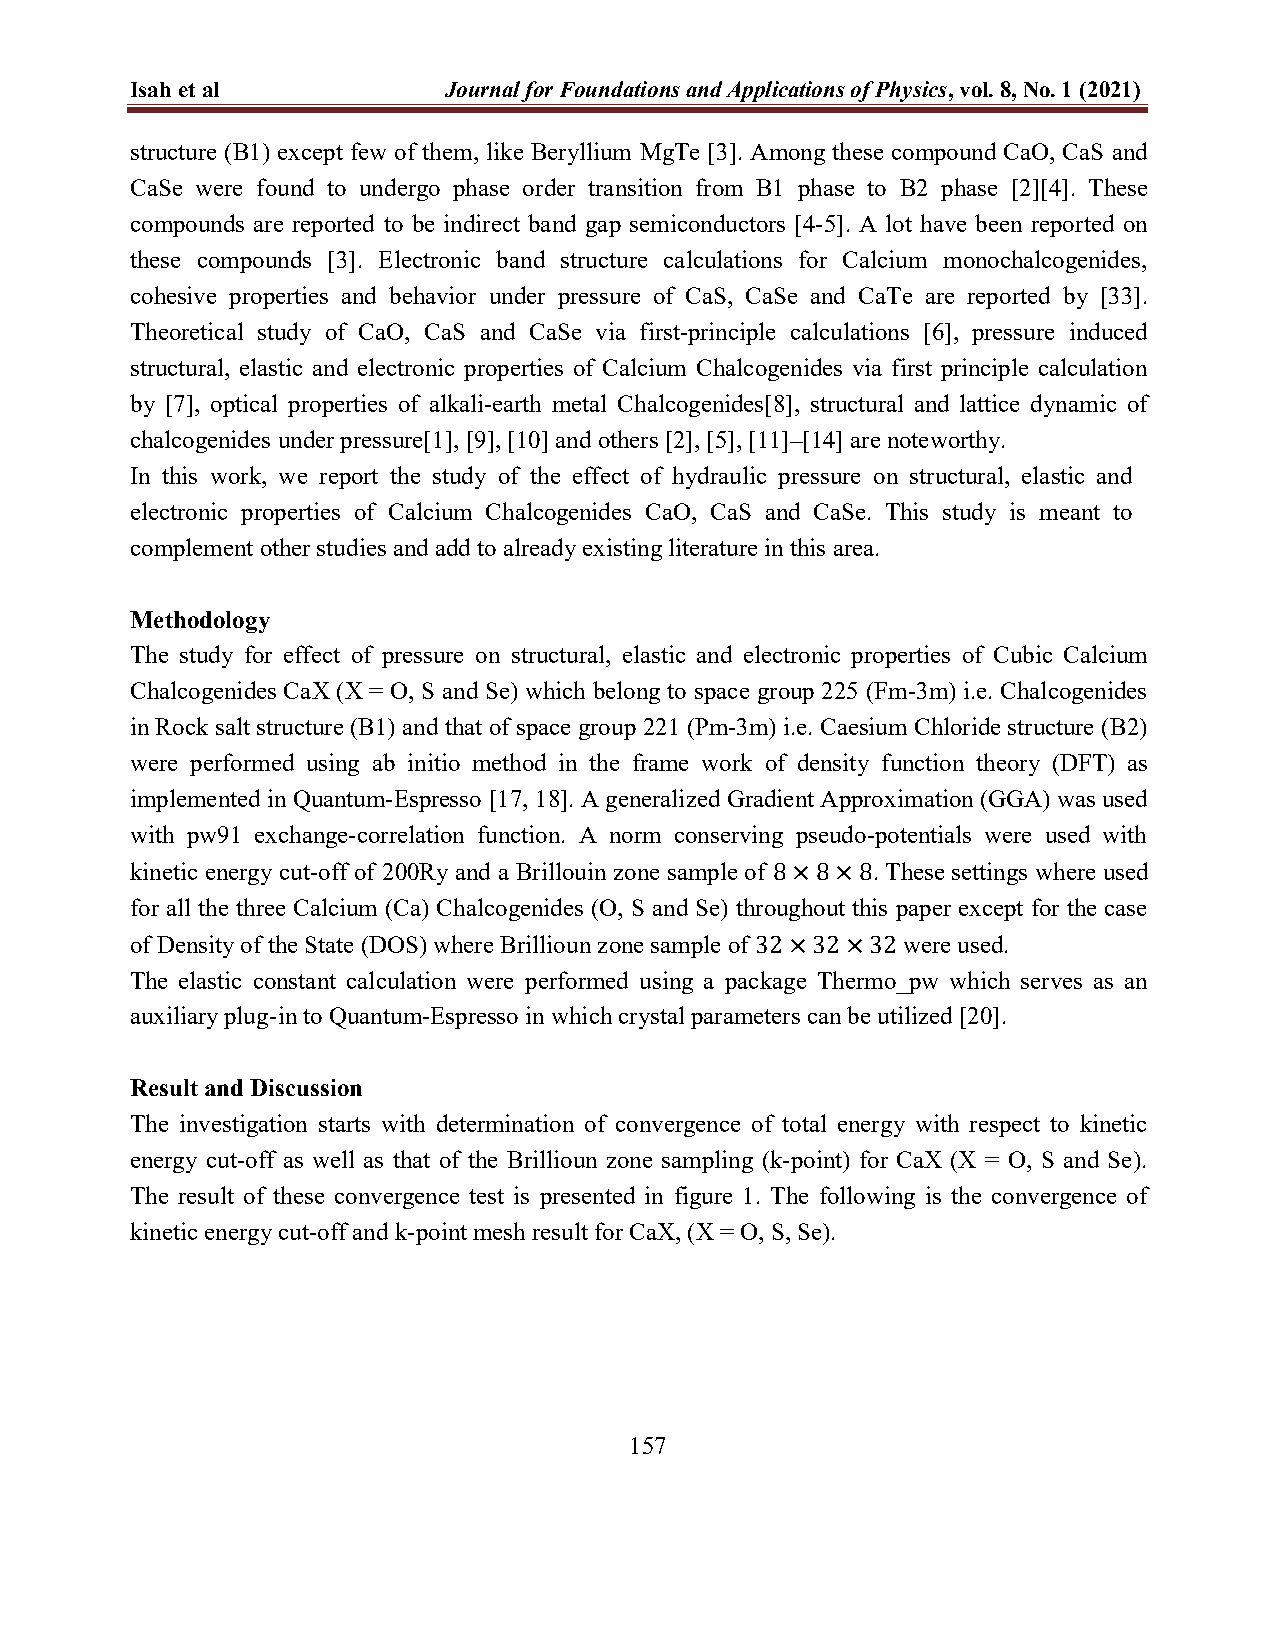
Isah et al          Journal for Foundations and Applications of Physics, vol. 8, No. 1 (2021)
 structure (B1) except few of them, like Beryllium MgTe [3]. Among these compound CaO, CaS and
 CaSe were found to undergo phase order transition from B1 phase to B2 phase [2][4]. These
 compounds are reported to be indirect band gap semiconductors [4-5]. A lot have been reported on
 these compounds [3]. Electronic band structure calculations for Calcium monochalcogenides,
 cohesive properties and behavior under pressure of CaS, CaSe and CaTe are reported by [33].
 Theoretical study of CaO, CaS and CaSe via first-principle calculations [6], pressure induced
 structural, elastic and electronic properties of Calcium Chalcogenides via first principle calculation
 by [7], optical properties of alkali-earth metal Chalcogenides[8], structural and lattice dynamic of
 chalcogenides under pressure[1], [9], [10] and others [2], [5], [11]–[14] are noteworthy.
 In this work, we report the study of the effect of hydraulic pressure on structural, elastic and
 electronic properties of Calcium Chalcogenides CaO, CaS and CaSe. This study is meant to
 complement other studies and add to already existing literature in this area.
 Methodology
 The study for effect of pressure on structural, elastic and electronic properties of Cubic Calcium
 Chalcogenides CaX (X = O, S and Se) which belong to space group 225 (Fm-3m) i.e. Chalcogenides
 in Rock salt structure (B1) and that of space group 221 (Pm-3m) i.e. Caesium Chloride structure (B2)
 were performed using ab initio method in the frame work of density function theory (DFT) as
 implemented in Quantum-Espresso [17, 18]. A generalized Gradient Approximation (GGA) was used
 with pw91 exchange-correlation function. A norm conserving pseudo-potentials were used with
 kinetic energy cut-off of 200Ry and a Brillouin zone sample of 8×8×8. These settings where used
 for all the three Calcium (Ca) Chalcogenides (O, S and Se) throughout this paper except for the case
 of Density of the State (DOS) where Brillioun zone sample of 32×32×32 were used.
 The elastic constant calculation were performed using a package Thermo_pw which serves as an
 auxiliary plug-in to Quantum-Espresso in which crystal parameters can be utilized [20].
 Result and Discussion
 The investigation starts with determination of convergence of total energy with respect to kinetic
 energy cut-off as well as that of the Brillioun zone sampling (k-point) for CaX (X = O, S and Se).
 The result of these convergence test is presented in figure 1. The following is the convergence of
 kinetic energy cut-off and k-point mesh result for CaX, (X = O, S, Se).
 157